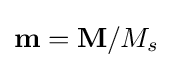
\mathbf {m} =\mathbf {M} /M_{s}